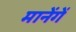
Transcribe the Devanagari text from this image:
मानेंगें